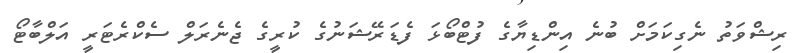
ރިޝްވަތު ނެގިކަމަށް ބުނެ އިންޑިޔާގެ ފުޓްބޯޅަ ފެޑަރޭޝަނުގެ ކުރީގެ ޖެނެރަލް ސެކްރެޓަރީ އަލްބާޓޯ